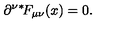
\partial ^ { \nu } \mathrm { \mathrm { } ^ * \! } F _ { \mu \nu } ( x ) = 0 .